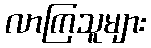
လာကြသူများ